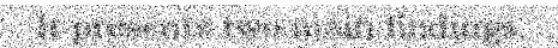
It presents two main findings.